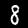
Label: 8